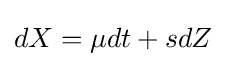
dX=\mu dt+sdZ